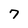
Character: 7